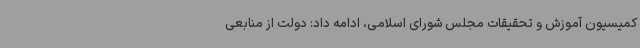
کمیسیون آموزش و تحقیقات مجلس شورای اسلامی، ادامه داد: دولت از منابعی